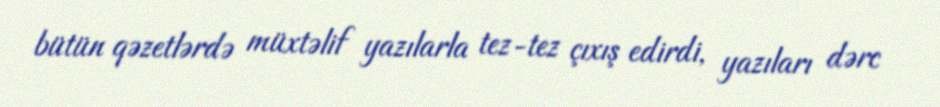
bütün qəzetlərdə müxtəlif yazılarla tez-tez çıxış edirdi, yazıları dərc